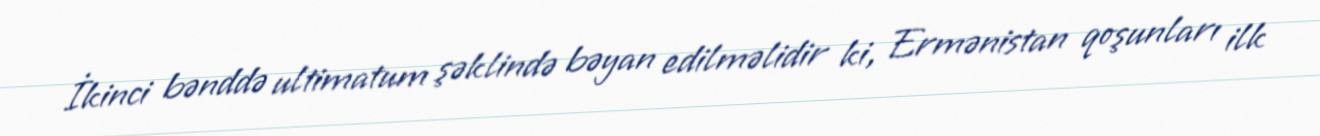
İkinci bənddə ultimatum şəklində bəyan edilməlidir ki, Ermənistan qoşunları ilk